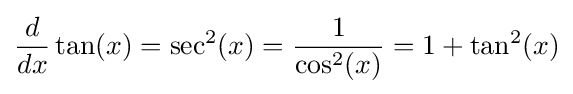
{\frac {d}{dx}}\tan(x)=\sec ^{2}(x)={\frac {1}{\cos ^{2}(x)}}=1+\tan ^{2}(x)